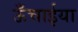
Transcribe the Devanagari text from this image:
ऊँचाईया